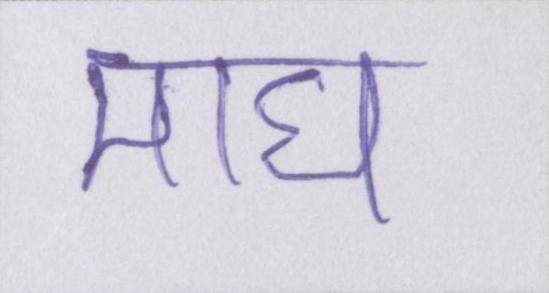
माघ